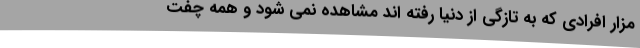
مزار افرادی که به تازگی از دنیا رفته اند مشاهده نمی شود و همه چفت